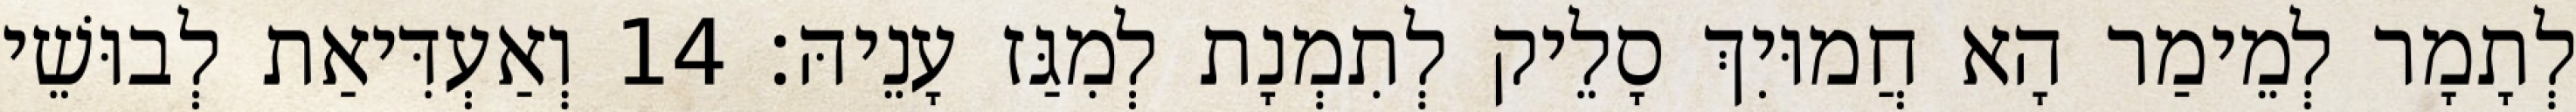
לְתָמָר לְמֵימַר הָא חֲמוּיִךְ סָלֵיק לְתִמְנָת לְמִגַּז עָנֵיהּ׃ 14 וְאַעְדִּיאַת לְבוּשֵׁי